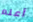
أعلم